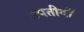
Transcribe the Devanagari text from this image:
उपतीर्थों